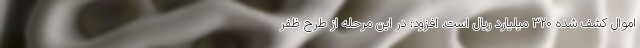
اموال کشف شده ۳۲۰ میلیارد ریال است، افزود: در این مرحله از طرح ظفر